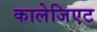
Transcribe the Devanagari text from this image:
कालेजिएट